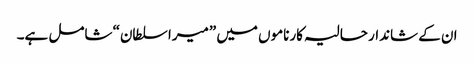
ان کے شاندار حالیہ کارناموں میں ”میرا سلطان“ شامل ہے۔